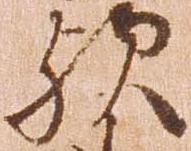
歟